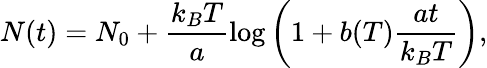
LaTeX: N(t)=N_{0}+\frac{k_{B}T}{a}\log\left(1+b(T)\frac{at}{k_{B}T}\right),